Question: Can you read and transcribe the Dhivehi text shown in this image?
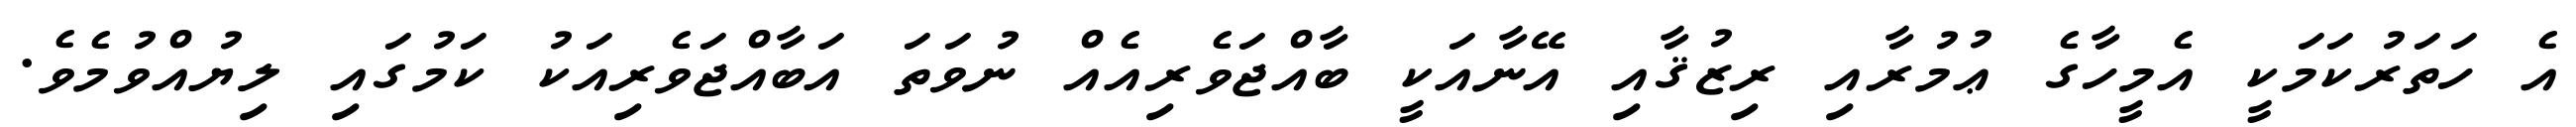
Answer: އެ ހަތަރުކަމަކީ އެމީހާގެ ޢުމުރާއި ރިޒުޤާއި އޭނާއަކީ ބާއްޖަވެރިއެއް ނުވަތަ އަބާއްޖަވެރިއަކު ކަމުގައި ލިޔުއްވުމެވެ.